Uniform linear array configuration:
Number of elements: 24
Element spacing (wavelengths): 0.25
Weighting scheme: hamming
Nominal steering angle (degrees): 30
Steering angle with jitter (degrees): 28.313
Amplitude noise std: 0.05
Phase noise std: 0.05

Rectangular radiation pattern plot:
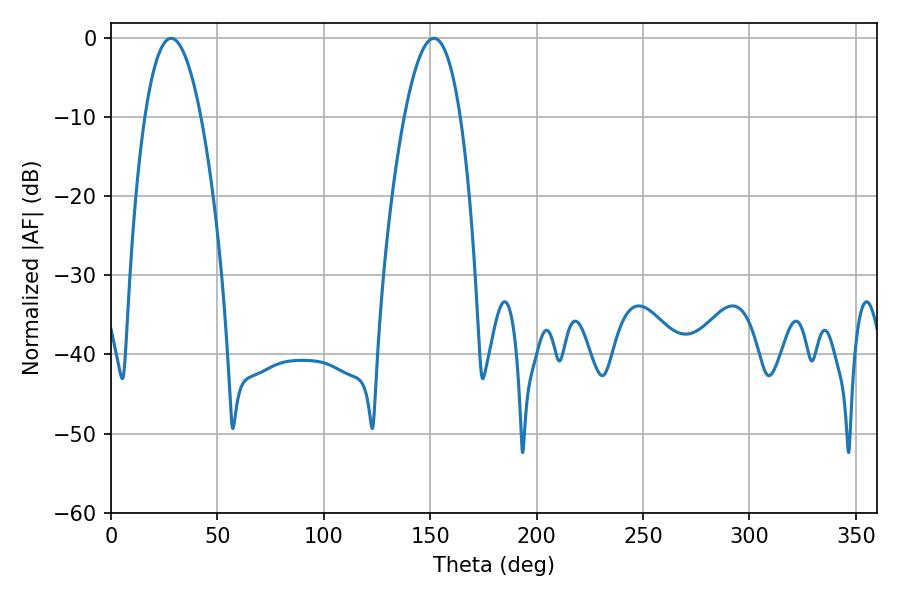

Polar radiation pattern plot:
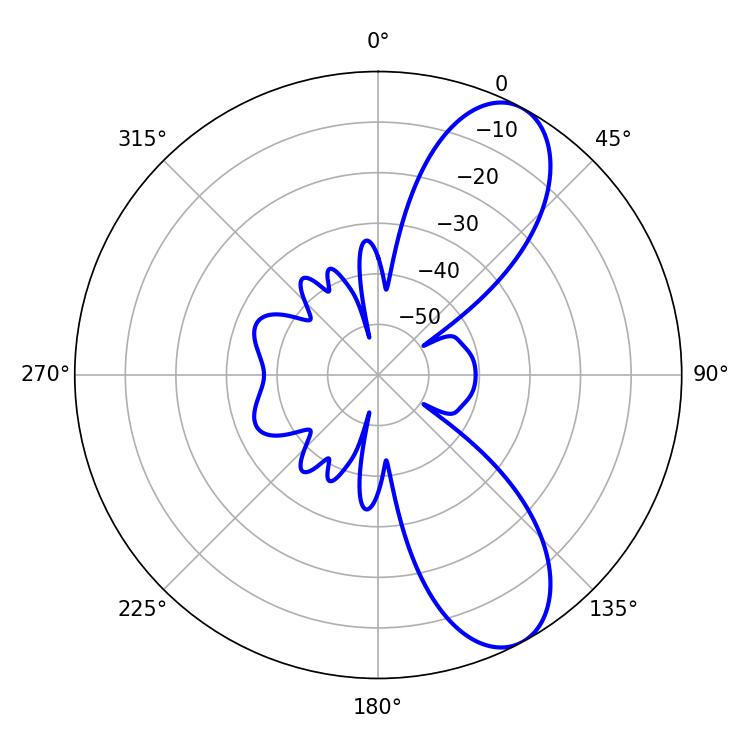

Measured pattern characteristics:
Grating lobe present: FALSE
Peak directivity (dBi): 8.873
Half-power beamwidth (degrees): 14.58
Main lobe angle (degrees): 28.26